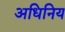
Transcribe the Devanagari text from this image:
अधिनिय